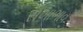
સખાભાવ